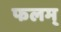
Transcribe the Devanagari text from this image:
फलम्